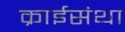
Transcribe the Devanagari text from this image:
क्राईसंथा